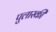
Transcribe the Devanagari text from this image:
पुलास्की